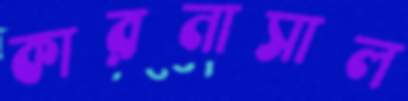
কারনাসাল